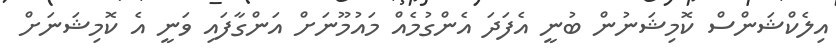
އިލެކްޝަންސް ކޮމިޝަނުން ބުނީ އެފަދަ އެންގުމެއް މައުމޫނަށް އަންގާފައި ވަނީ އެ ކޮމިޝަނަށް